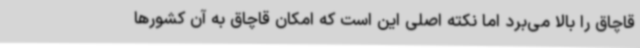
قاچاق را بالا می‌برد اما نکته اصلی این است که امکان قاچاق به آن کشورها